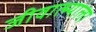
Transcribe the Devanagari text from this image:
जीवात्म्याला